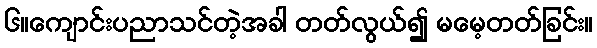
၆။ကျောင်းပညာသင်တဲ့အခါ တတ်လွယ်၍ မမေ့တတ်ခြင်း။